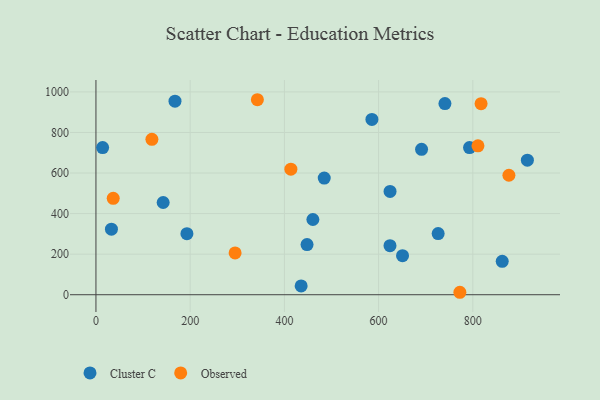
{"axis": {"x": "Investment", "y": "Sales"}, "legend": ["Cluster C", "Observed"], "data": [{"x": "915.8", "y": 663.4, "type": "Cluster C"}, {"x": "624.3", "y": 509.2, "type": "Cluster C"}, {"x": "32.9", "y": 323.3, "type": "Cluster C"}, {"x": "740.8", "y": 942.6, "type": "Cluster C"}, {"x": "585.8", "y": 864.2, "type": "Cluster C"}, {"x": "448.1", "y": 247.1, "type": "Cluster C"}, {"x": "484.6", "y": 574.9, "type": "Cluster C"}, {"x": "793.0", "y": 725.3, "type": "Cluster C"}, {"x": "691.2", "y": 716.8, "type": "Cluster C"}, {"x": "460.5", "y": 370.9, "type": "Cluster C"}, {"x": "14.2", "y": 725.6, "type": "Cluster C"}, {"x": "167.8", "y": 954.1, "type": "Cluster C"}, {"x": "726.4", "y": 301.4, "type": "Cluster C"}, {"x": "435.6", "y": 43.6, "type": "Cluster C"}, {"x": "624.2", "y": 241.9, "type": "Cluster C"}, {"x": "862.4", "y": 164.6, "type": "Cluster C"}, {"x": "142.7", "y": 454.7, "type": "Cluster C"}, {"x": "193.1", "y": 300.9, "type": "Cluster C"}, {"x": "650.8", "y": 192.5, "type": "Cluster C"}, {"x": "817.5", "y": 941.9, "type": "Observed"}, {"x": "118.8", "y": 766.0, "type": "Observed"}, {"x": "295.4", "y": 206.3, "type": "Observed"}, {"x": "876.6", "y": 589.1, "type": "Observed"}, {"x": "36.7", "y": 475.5, "type": "Observed"}, {"x": "772.5", "y": 12.1, "type": "Observed"}, {"x": "413.8", "y": 618.9, "type": "Observed"}, {"x": "342.7", "y": 961.4, "type": "Observed"}, {"x": "810.9", "y": 734.1, "type": "Observed"}]}